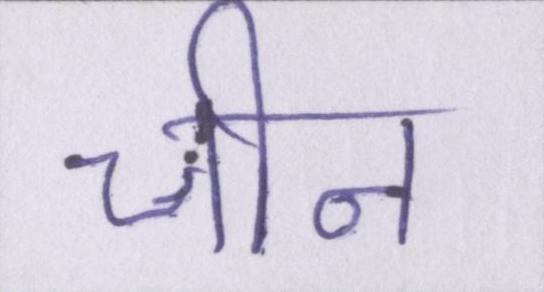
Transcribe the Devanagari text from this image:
चीन